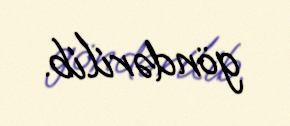
göndərilib.